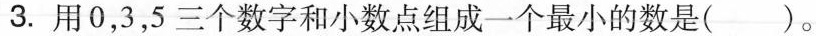
3. 用 0，3，5 三个数字和小数点组成一个最小的数是( )。